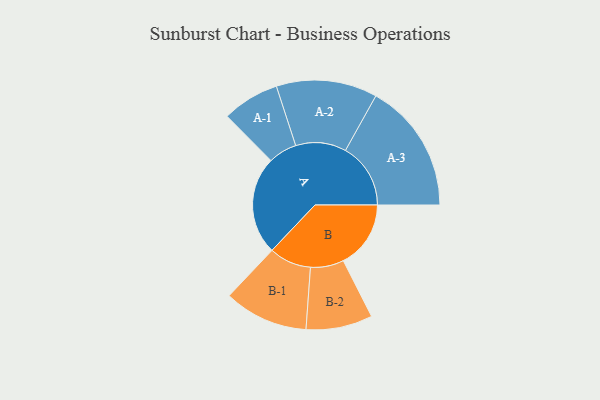
{"axis": {"x": "Segment", "y": "Value"}, "legend": ["", "A", "B"], "data": [{"x": "A", "y": 422, "type": ""}, {"x": "B", "y": 290, "type": ""}, {"x": "A-1", "y": 123, "type": "A"}, {"x": "A-2", "y": 217, "type": "A"}, {"x": "A-3", "y": 280, "type": "A"}, {"x": "B-1", "y": 181, "type": "B"}, {"x": "B-2", "y": 143, "type": "B"}]}